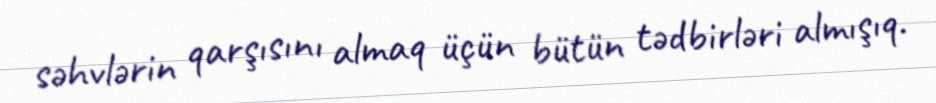
səhvlərin qarşısını almaq üçün bütün tədbirləri almışıq.